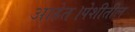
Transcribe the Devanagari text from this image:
आहेत।पेशीतील